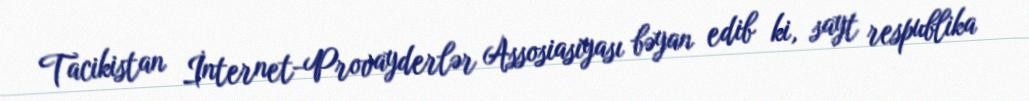
Tacikistan İnternet-Provayderlər Assosiasiyası bəyan edib ki, sayt respublika